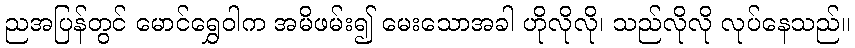
ညအပြန်တွင် မောင်ရွှေဝါက အမိဖမ်း၍ မေးသောအခါ ဟိုလိုလို၊ သည်လိုလို လုပ်နေသည်။